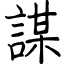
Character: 謀